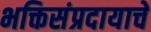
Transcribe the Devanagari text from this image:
भक्तिसंप्रदायाचे